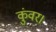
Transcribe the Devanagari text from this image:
कुंवर।